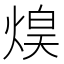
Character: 𤋡